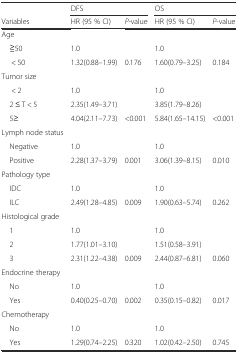
<table><thead><tr><td></td><td colspan="2"><b>DFS</b></td><td colspan="2"><b>OS</b></td></tr><tr><td><b>Variables</b></td><td><b>HR (95 % CI)</b></td><td><b><i>P</i>-value</b></td><td><b>HR (95 % CI)</b></td><td><b><i>P</i>-value</b></td></tr></thead><tbody><tr><td>Age</td><td></td><td></td><td></td><td></td></tr><tr><td> ≧50</td><td>1.0</td><td></td><td>1.0</td><td></td></tr><tr><td>&lt; 50</td><td>1.32(0.88–1.99)</td><td>0.176</td><td>1.60(0.79–3.25)</td><td>0.184</td></tr><tr><td>Tumor size</td><td></td><td></td><td></td><td></td></tr><tr><td>&lt; 2</td><td>1.0</td><td></td><td>1.0</td><td></td></tr><tr><td> 2 ≤ T &lt; 5</td><td>2.35(1.49–3.71)</td><td></td><td>3.85(1.79–8.26)</td><td></td></tr><tr><td> 5≥</td><td>4.04(2.11–7.73)</td><td>&lt;0.001</td><td>5.84(1.65–14.15)</td><td>&lt;0.001</td></tr><tr><td>Lymph node status</td><td></td><td></td><td></td><td></td></tr><tr><td> Negative</td><td>1.0</td><td></td><td>1.0</td><td></td></tr><tr><td> Positive</td><td>2.28(1.37–3.79)</td><td>0.001</td><td>3.06(1.39–8.15)</td><td>0.010</td></tr><tr><td>Pathology type</td><td></td><td></td><td></td><td></td></tr><tr><td> IDC</td><td>1.0</td><td></td><td>1.0</td><td></td></tr><tr><td> ILC</td><td>2.49(1.28–4.85)</td><td>0.009</td><td>1.90(0.63–5.74)</td><td>0.262</td></tr><tr><td>Histological grade</td><td></td><td></td><td></td><td></td></tr><tr><td> 1</td><td>1.0</td><td></td><td>1.0</td><td></td></tr><tr><td> 2</td><td>1.77(1.01–3.10)</td><td></td><td>1.51(0.58–3.91)</td><td></td></tr><tr><td> 3</td><td>2.31(1.22–4.38)</td><td>0.009</td><td>2.44(0.87–6.81)</td><td>0.060</td></tr><tr><td>Endocrine therapy</td><td></td><td></td><td></td><td></td></tr><tr><td> No</td><td>1.0</td><td></td><td>1.0</td><td></td></tr><tr><td> Yes</td><td>0.40(0.25–0.70)</td><td>0.002</td><td>0.35(0.15–0.82)</td><td>0.017</td></tr><tr><td>Chemotherapy</td><td></td><td></td><td></td><td></td></tr><tr><td> No</td><td>1.0</td><td></td><td>1.0</td><td></td></tr><tr><td> Yes</td><td>1.29(0.74–2.25)</td><td>0.320</td><td>1.02(0.42–2.50)</td><td>0.745</td></tr></tbody></table>